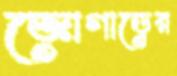
জোগাড়ের